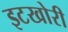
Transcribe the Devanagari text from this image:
इटखोरी